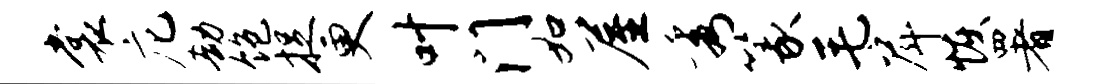
裳庀劫饱捉更叶门如屋秀篆毛戽恢署